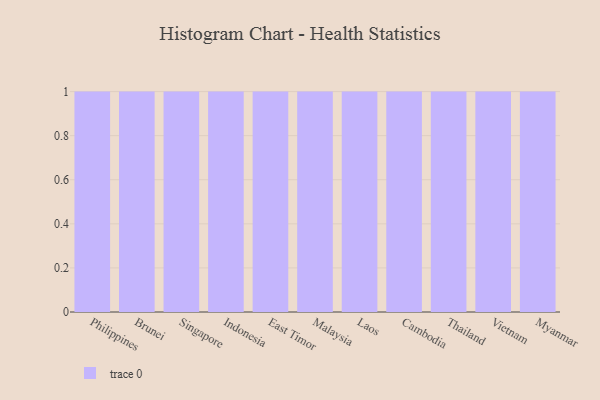
{"axis": {"x": "Country", "y": "Satisfaction Score"}, "legend": [""], "data": [{"x": "Philippines", "y": 33, "type": ""}, {"x": "Brunei", "y": 47, "type": ""}, {"x": "Singapore", "y": 39, "type": ""}, {"x": "Indonesia", "y": 26, "type": ""}, {"x": "East Timor", "y": 53, "type": ""}, {"x": "Malaysia", "y": 23, "type": ""}, {"x": "Laos", "y": 33, "type": ""}, {"x": "Cambodia", "y": 40, "type": ""}, {"x": "Thailand", "y": 28, "type": ""}, {"x": "Vietnam", "y": 4, "type": ""}, {"x": "Myanmar", "y": 12, "type": ""}]}